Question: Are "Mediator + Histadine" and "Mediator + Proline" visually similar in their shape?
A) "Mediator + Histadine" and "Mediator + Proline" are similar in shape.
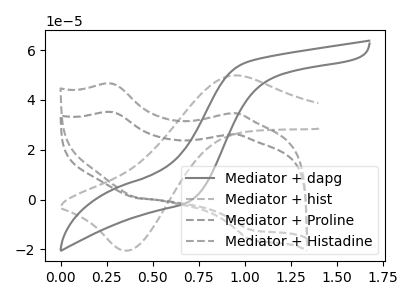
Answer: <think>The gray curve "Mediator + dapg" has no peaks. The gray dashed curve "Mediator + hist" has an anodic peak at (0.95V, 49.80uA) and a cathodic peak at (0.35V, -20.45uA). The gray dashed curve "Mediator + Proline" has anodic peaks at (0.30V, 35.10uA) (0.90V, 26.15uA) and cathodic peaks at (0.40V, 0.60uA) (1.05V, -12.20uA). The gray dashed curve "Mediator + Histadine" has anodic peaks at (0.30V, 46.50uA) (0.90V, 34.65uA) and cathodic peaks at (0.40V, 0.80uA) (1.05V, -16.20uA).
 All the peaks in "Mediator + Histadine" have a peak in "Mediator + Proline" at the same potential.</think>
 <answer>A) "Mediator + Histadine" and "Mediator + Proline" are similar in shape.</answer>
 <eval>A</eval>